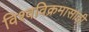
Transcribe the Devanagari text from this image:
विश्वविक्रमासाठी